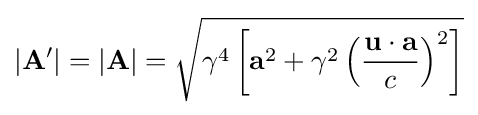
|\mathbf {A} '|=|\mathbf {A} |={\sqrt {\gamma ^{4}\left[\mathbf {a} ^{2}+\gamma ^{2}\left({\frac {\mathbf {u} \cdot \mathbf {a} }{c}}\right)^{2}\right]}}